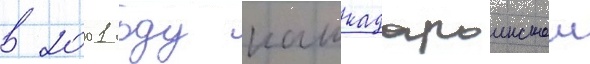
в 2001 году кашкадарьинскои